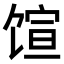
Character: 𬳇